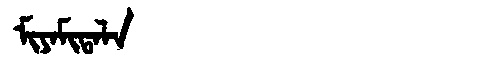
Manchu: ᠮᡳᠶᠠᠮᡳᡨᠠᠯᠠ
Romanization: MIYAMITALA